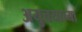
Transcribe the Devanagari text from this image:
अयुत्तयाच्या